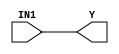
module cycloneive_and1 (Y, IN1);
   input IN1;
   output Y;
   specify
      (IN1 => Y) = (0, 0);
   endspecify
   buf (Y, IN1);
endmodule